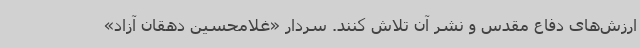
ارزش‌های دفاع مقدس و نشر آن تلاش کنند. سردار «غلامحسین دهقان آزاد»